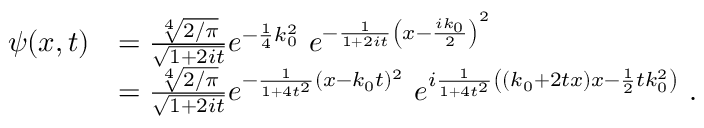
{ \begin{array} { r l } { \psi ( x , t ) } & { = { \frac { \sqrt [ { 4 } ] { 2 / \pi } } { \sqrt { 1 + 2 i t } } } e ^ { - { \frac { 1 } { 4 } } k _ { 0 } ^ { 2 } } ~ e ^ { - { \frac { 1 } { 1 + 2 i t } } \left( x - { \frac { i k _ { 0 } } { 2 } } \right) ^ { 2 } } } \\ & { = { \frac { \sqrt [ { 4 } ] { 2 / \pi } } { \sqrt { 1 + 2 i t } } } e ^ { - { \frac { 1 } { 1 + 4 t ^ { 2 } } } ( x - k _ { 0 } t ) ^ { 2 } } ~ e ^ { i { \frac { 1 } { 1 + 4 t ^ { 2 } } } \left( ( k _ { 0 } + 2 t x ) x - { \frac { 1 } { 2 } } t k _ { 0 } ^ { 2 } \right) } ~ . } \end{array} }